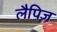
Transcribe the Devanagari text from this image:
लैपिज़